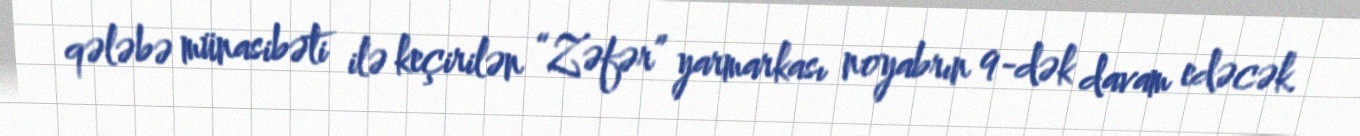
qələbə münasibəti ilə keçirilən “Zəfər” yarmarkası noyabrın 9-dək davam edəcək.